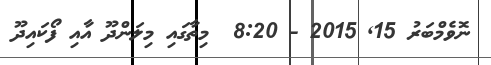
ނޮވެމްބަރު 15